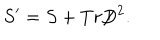
LaTeX: S ^ { \prime } = S + T r \mathord { \not \mathrel { D } } ^ { 2 } .